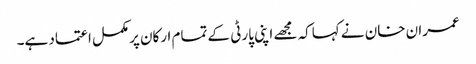
عمران خان نے کہاکہ مجھے اپنی پارٹی کے تمام ارکان پرمکمل اعتماد ہے۔